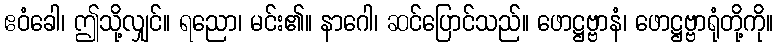
ဧဝံခေါ၊ ဤသို့လျှင်။ ရညော၊ မင်း၏။ နာဂေါ၊ ဆင်ပြောင်သည်။ ဖောဋ္ဌဗ္ဗာနံ၊ ဖောဋ္ဌဗ္ဗာရုံတို့ကို။